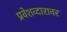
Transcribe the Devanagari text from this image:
प्रवेशव्दारावर